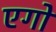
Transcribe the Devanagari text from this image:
एगो